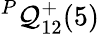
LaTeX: {}^{P}{\mathcal{Q}}_{1{2}}^{{+}}({5})